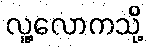
လူ့လောကသို့